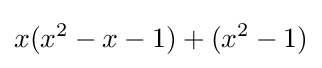
x(x^{2}-x-1)+(x^{2}-1)